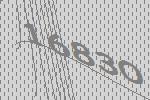
16830